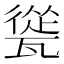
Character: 㼻